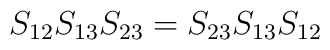
S_{12}S_{13}S_{23}=S_{23}S_{13}S_{12}